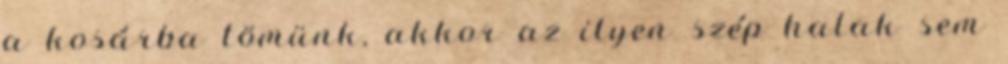
a kosárba tömünk, akkor az ilyen szép halak sem